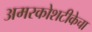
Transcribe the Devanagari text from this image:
अमरकोशटीकेचा